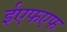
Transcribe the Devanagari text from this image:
ईएफएफ